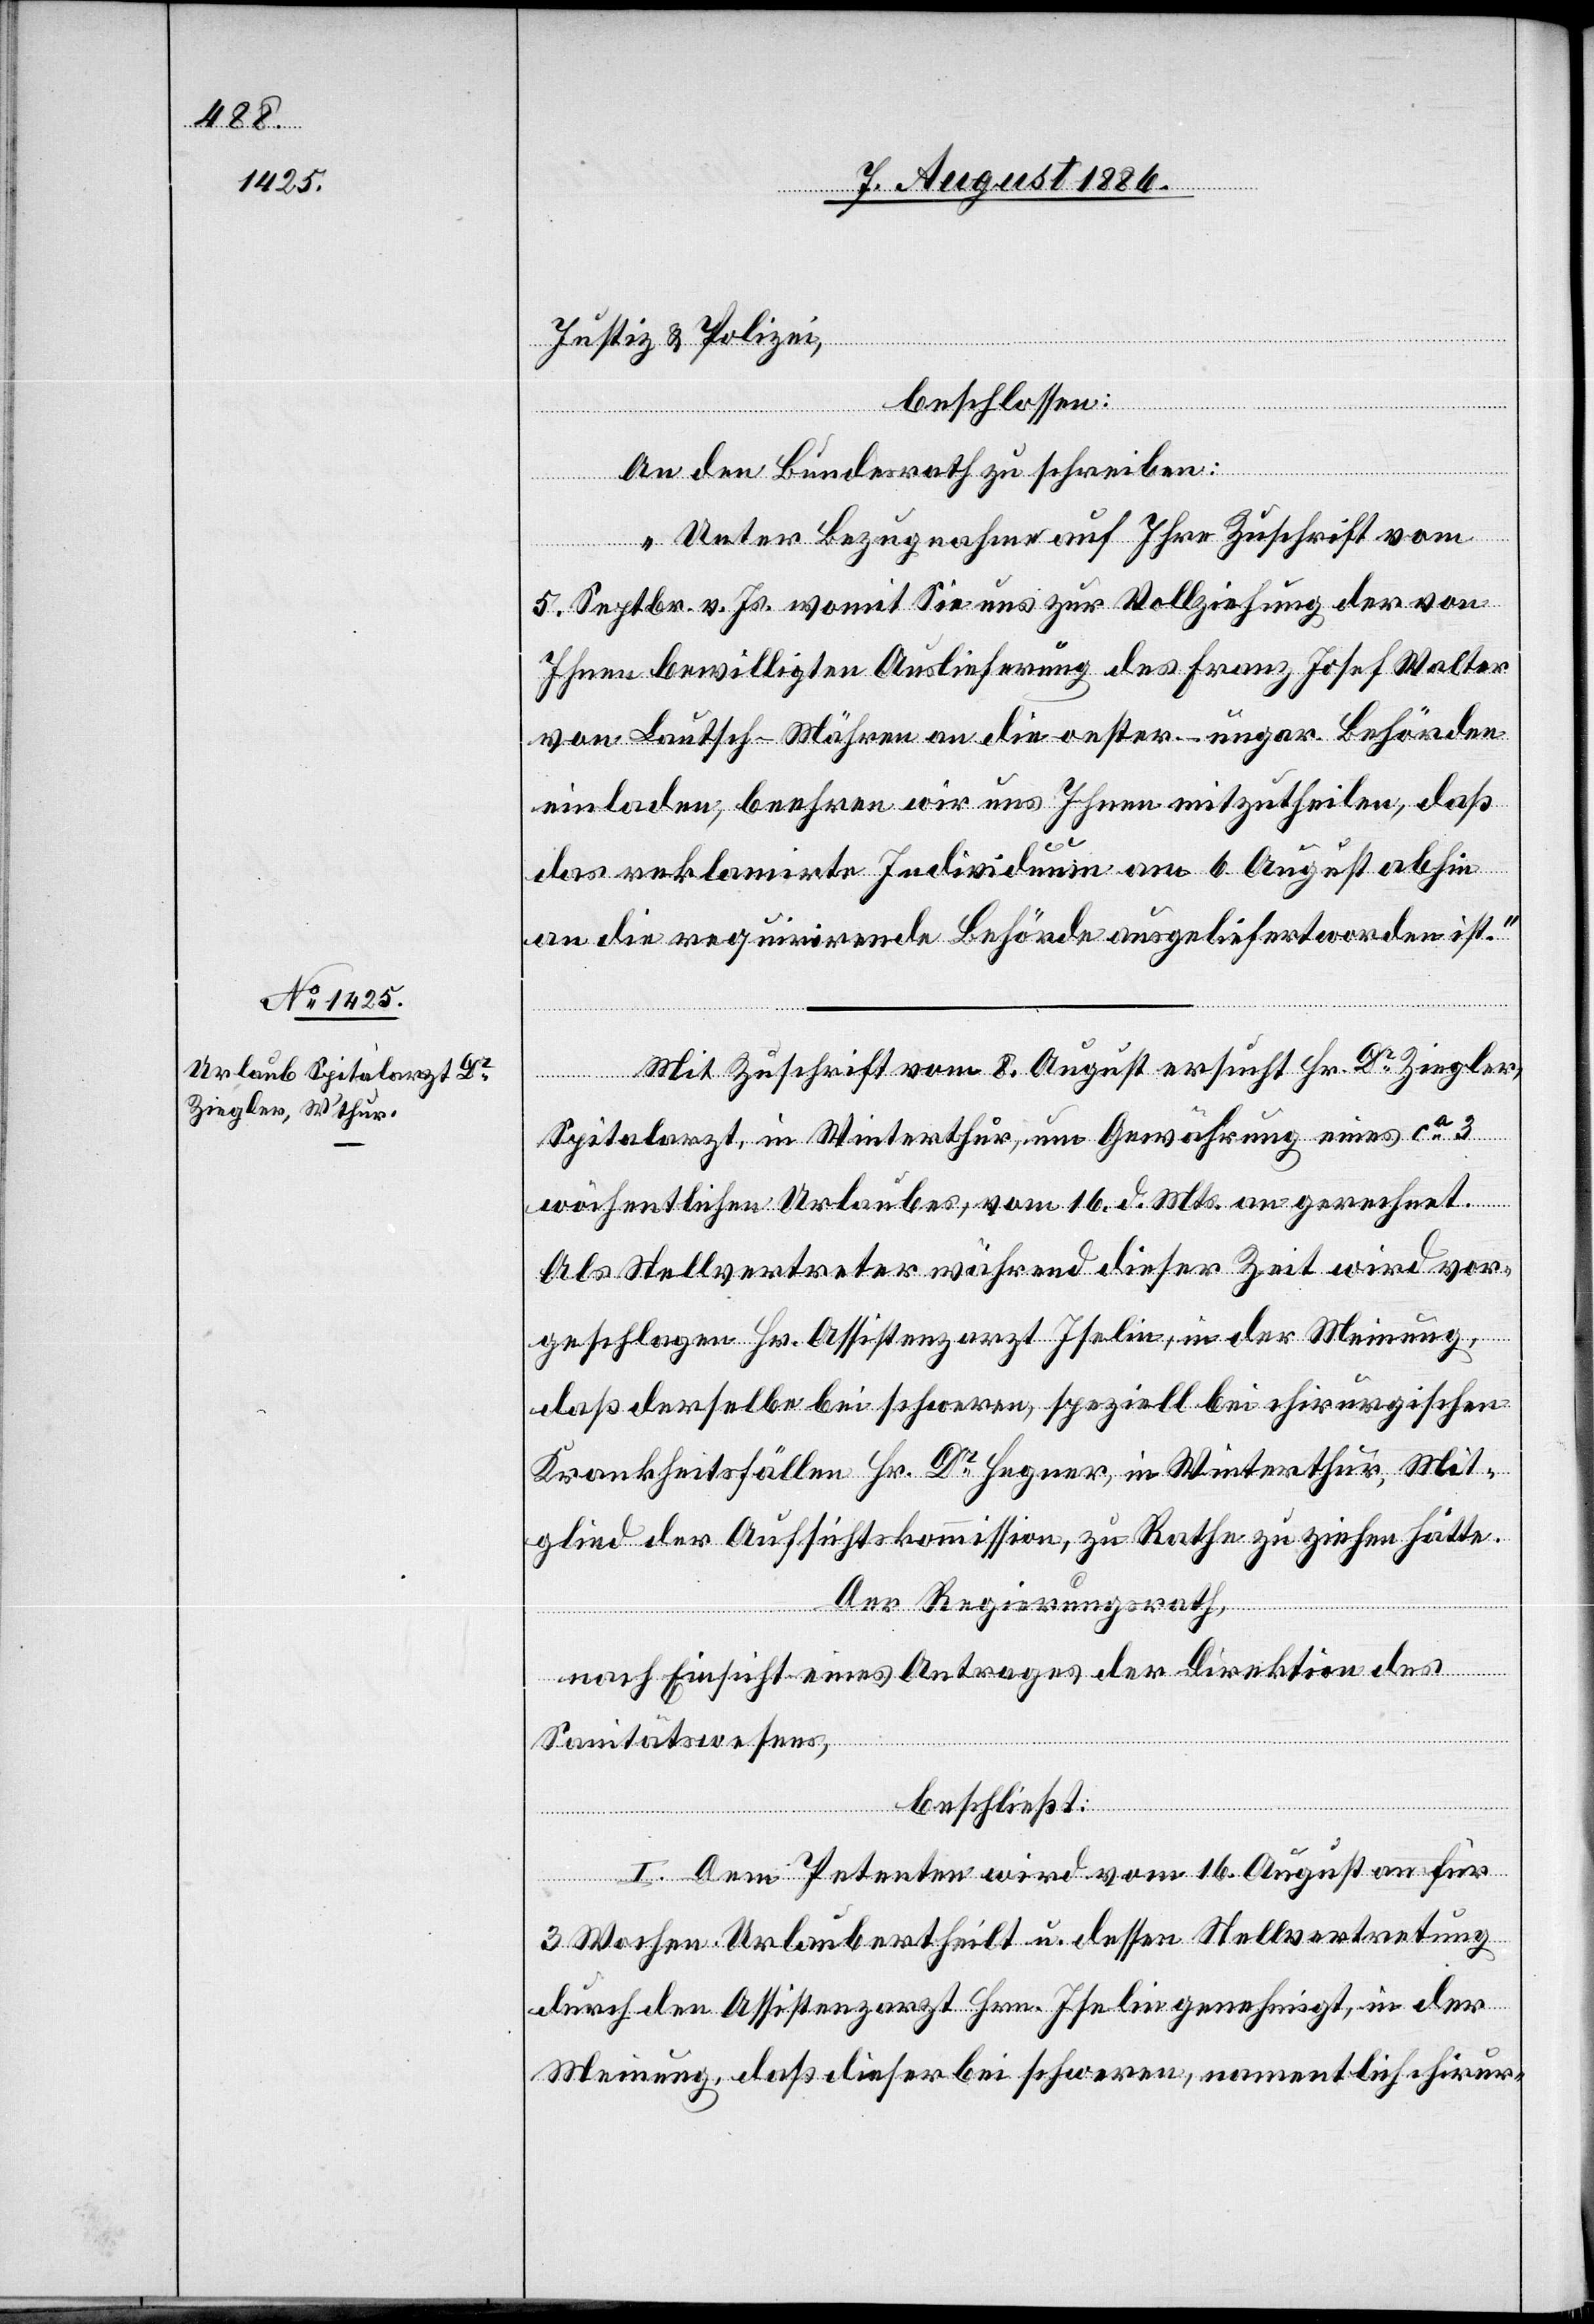
10. August 1886.]
Justiz & Polizei,
beschlossen:
An den Bundesrath zu schreiben:
„Unter Bezugnahme auf Ihre Zuschrift vom
5. Septbr. v. Js. womit Sie uns zur Vollziehung der von
Ihnen bewilligten Auslieferung des Franz Josef Walter
von Lautsch - Mähren an die oester.-ungar. Behörden
einladen, beehren wir uns Ihnen mitzutheilen, daß
das reklamirte Individuum am 6. August abhin
an die requirirende Behörde ausgeliefert worden ist.“
Mit Zuschrift vom 8. August ersucht Dr Ziegler,
Spitalarzt, in Winterthur, um Gewährung eines ca 3
wöchentlichen Urlaubes, vom 16. d. Mts. an gerechnet.
Als Stellvertreter während dieser Zeit wird vor¬
geschlagen Hr. Assistenzarzt Iselin, in der Meinung,
daß derselbe bei schweren, speziell bei chirurgischen
Krankheitsfällen Hr. Dr Hegner, in Winterthur, Mit¬
glied der Aufsichtskommission, zu Rathe zu ziehen hätte.
Der Regierungsrath,
nach Einsicht eines Antrages der Direktion des
Sanitätswesens,
beschließt:
I. Dem Petenten wird vom 16. August an für
3 Wochen Urlaub ertheilt u. dessen Stellvertretung
durch den Assistenzarzt Hrn. Iselin genehmigt, in der
Meinung, daß dieser bei schweren, namentlich chirur-